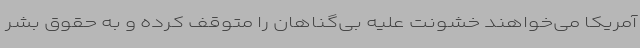
آمریکا می‌خواهند خشونت علیه بی‌گناهان را متوقف کرده و به حقوق بشر